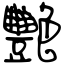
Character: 艷